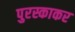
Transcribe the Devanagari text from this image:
पुरस्काकर